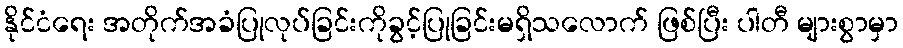
နိုင်ငံရေး အတိုက်အခံပြုလုပ်ခြင်းကိုခွင့်ပြုခြင်းမရှိသလောက် ဖြစ်ပြီး ပါတီ များစွာမှာ